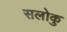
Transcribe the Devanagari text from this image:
सलोकु